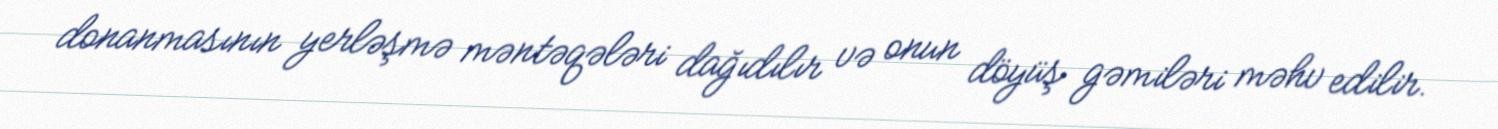
donanmasının yerləşmə məntəqələri dağıdılır və onun döyüş gəmiləri məhv edilir.